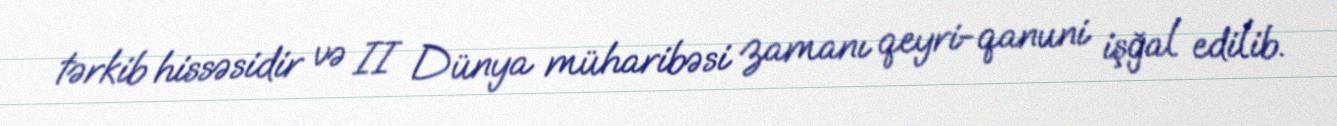
tərkib hissəsidir və II Dünya müharibəsi zamanı qeyri-qanuni işğal edilib.